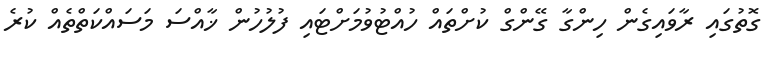
ގޮތުގައި ރާވައިގެން ހިންގާ ގޭންގް ކުށްތައް ހުއްޓުވުމަށްޓައި ފުލުހުން ޚާއްސަ މަސައްކަތްތެއް ކުރެ